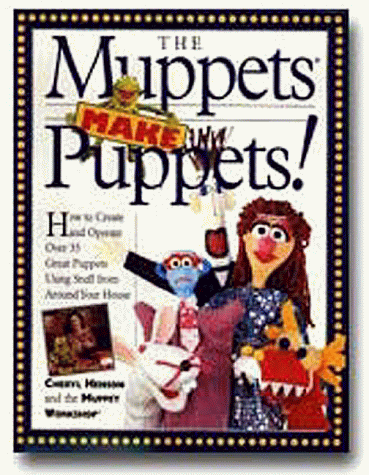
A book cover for The Muppets Make Puppets: How to Create and Operate Over 35 Great Puppets Using Stuff from Around Your House; Muppet Workshop; Crafts, Hobbies & Home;